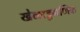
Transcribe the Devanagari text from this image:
खेळाडूगणिक